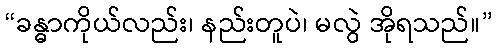
“ခန္ဓာကိုယ်လည်း၊ နည်းတူပဲ၊ မလွဲ အိုရသည်။”